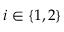
i \in \{ 1 , 2 \}